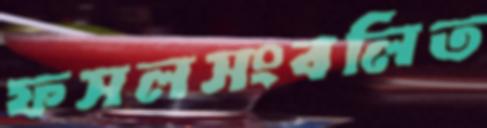
ফসলসংবলিত